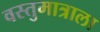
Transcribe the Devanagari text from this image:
वस्तुमात्राला